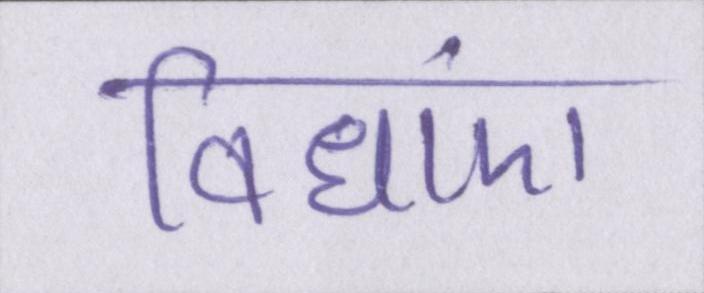
विधाएं